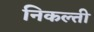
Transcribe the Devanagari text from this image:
निकल्ती